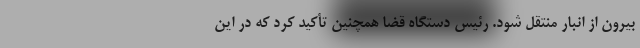
بیرون از انبار منتقل شود. رئیس دستگاه قضا همچنین تأکید کرد که در این